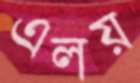
এলয়